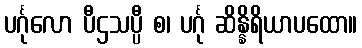
ပင်္ဂုလော ပီဌသပ္ပီ စ၊ ပင်္ဂု ဆိန္နိရိယာပထော။